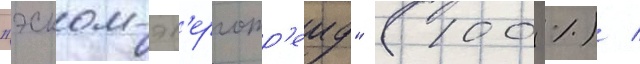
"эском-эн'ерготр'еид" (100 %) /